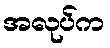
အလုပ်က